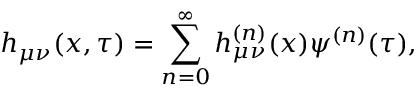
h _ { \mu \nu } ( x , \tau ) = \sum _ { n = 0 } ^ { \infty } h _ { \mu \nu } ^ { ( n ) } ( x ) \psi ^ { ( n ) } ( \tau ) ,